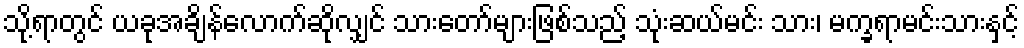
သို့ရာတွင် ယခုအချိန်လောက်ဆိုလျှင် သားတော်များဖြစ်သည့် သုံးဆယ်မင်း သား၊ မက္ခရာမင်းသားနှင့်